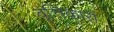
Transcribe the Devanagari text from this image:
वृत्तिकारों